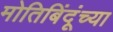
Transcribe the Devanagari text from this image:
मोतिबिंदूंच्या